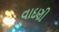
વાદણી